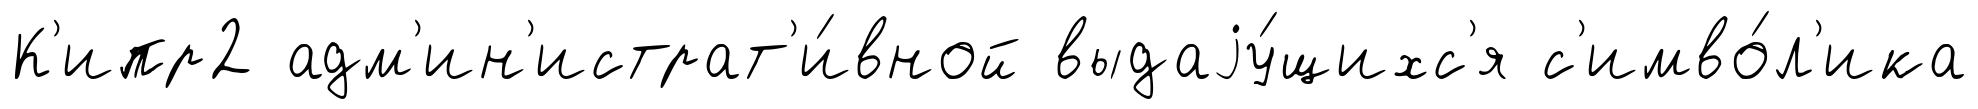
К'ипр2 адм'ин'истрат'и́вной выдаjу́щихс'я с'имво́л'ика